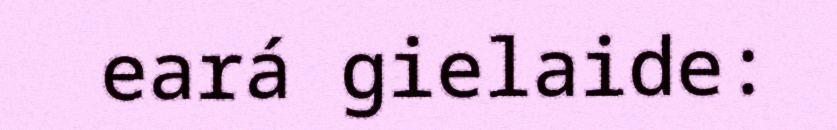
eará gielaide: